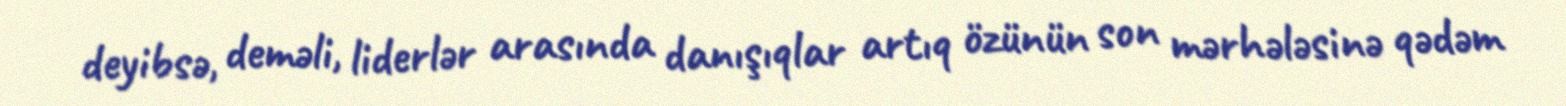
deyibsə, deməli, liderlər arasında danışıqlar artıq özünün son mərhələsinə qədəm